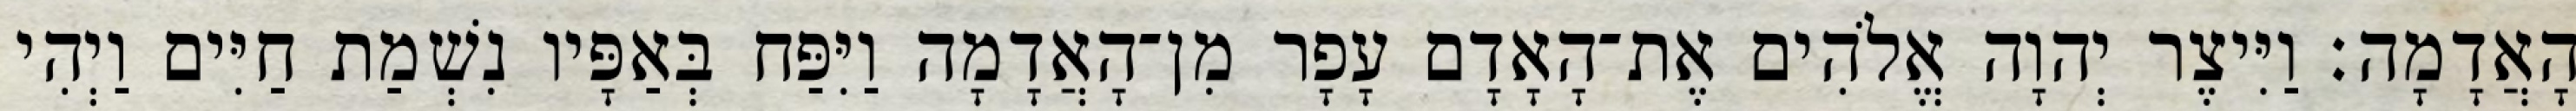
הָאֲדָמָה׃ וַיִּיצֶר יְהוָה אֱלֹהִים אֶת־הָאָדָם עָפָר מִן־הָאֲדָמָה וַיִּפַּח בְּאַפָּיו נִשְׁמַת חַיִּים וַיְהִי